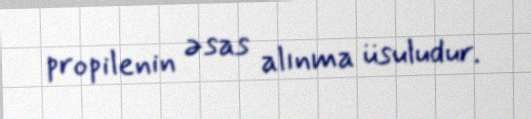
propilenin əsas alınma üsuludur.